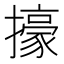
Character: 㩝